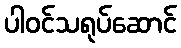
ပါဝင်သရုပ်ဆောင်